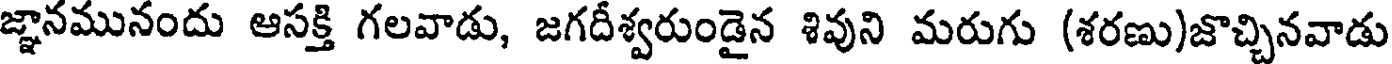
జ్ఞానమునందు ఆసక్తి గలవాడు, జగదీశ్వరుండైన శివుని మరుగు (శరణు)జొచ్చినవాడు